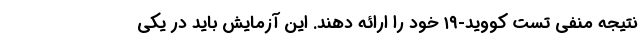
نتیجه منفی تست کووید-۱۹ خود را ارائه دهند. این آزمایش باید در یکی